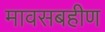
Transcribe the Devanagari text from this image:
मावसबहीण